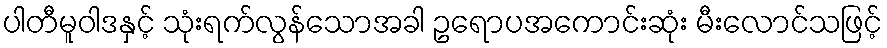
ပါတီမူဝါဒနှင့် သုံးရက်လွန်သောအခါ ဥရောပအကောင်းဆုံး မီးလောင်သဖြင့်